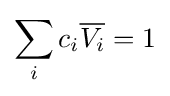
\sum _{i}c_{i}{\overline {V_{i}}}=1